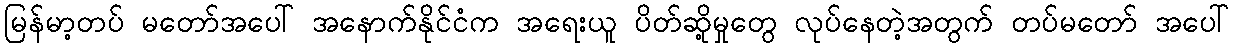
မြန်မာ့တပ် မတော်အပေါ် အနောက်နိုင်ငံက အရေးယူ ပိတ်ဆို့မှုတွေ လုပ်နေတဲ့အတွက် တပ်မတော် အပေါ်